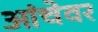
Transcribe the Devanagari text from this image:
आंचेवर